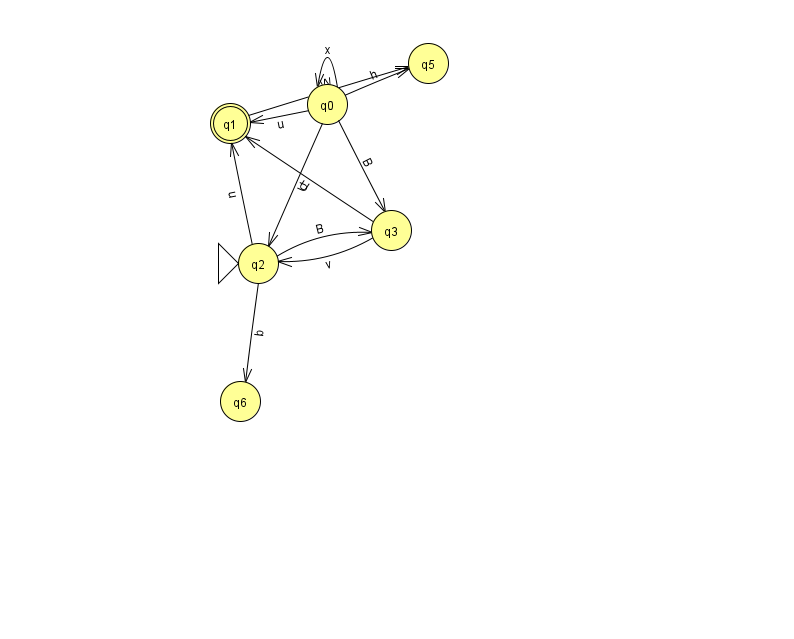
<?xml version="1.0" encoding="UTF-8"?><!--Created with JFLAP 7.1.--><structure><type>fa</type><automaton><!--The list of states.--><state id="0" name="q0"><x>327.0</x><y>91.0</y></state><state id="1" name="q1"><x>230.0</x><y>110.0</y><final/></state><state id="2" name="q2"><x>258.0</x><y>250.0</y><initial/></state><state id="3" name="q3"><x>391.0</x><y>217.0</y></state><state id="5" name="q5"><x>428.0</x><y>50.0</y></state><state id="6" name="q6"><x>240.0</x><y>388.0</y></state><!--The list of transitions.--><transition><from>3</from><to>1</to><read>U</read></transition><transition><from>0</from><to>3</to><read>B</read></transition><transition><from>1</from><to>5</to><read>W</read></transition><transition><from>0</from><to>1</to><read>u</read></transition><transition><from>0</from><to>0</to><read>x</read></transition><transition><from>0</from><to>2</to><read>U</read></transition><transition><from>2</from><to>3</to><read>B</read></transition><transition><from>2</from><to>6</to><read>b</read></transition><transition><from>0</from><to>5</to><read>h</read></transition><transition><from>2</from><to>1</to><read>u</read></transition><transition><from>3</from><to>2</to><read>v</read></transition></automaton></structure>